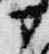
部